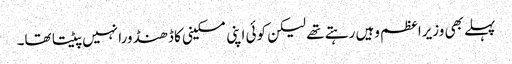
پہلے بھی وزیراعظم وہیں رہتے تھے لیکن کوئی اپنی مسکینی کا ڈھنڈورا نہیں پیٹتا تھا۔